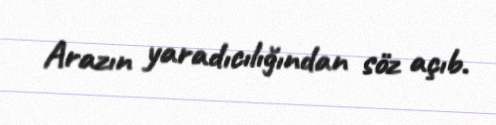
Arazın yaradıcılığından söz açıb.